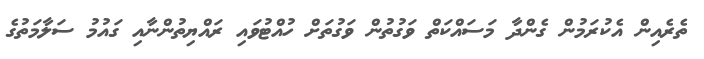
ތެރެއިން އެކުރަމުން ގެންދާ މަސައްކަތް ވަގުތުން ވަގުތަށް ހުއްޓުވައި ރައްޔިތުންނާއި ގައުމު ސަލާމަތުގެ